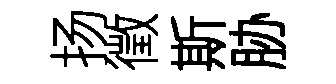
扬徵斯胁